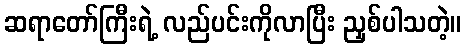
ဆရာတော်ကြီးရဲ့ လည်ပင်းကိုလာပြီး ညှစ်ပါသတဲ့။